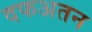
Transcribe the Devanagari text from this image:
दफअतन